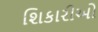
શિકારીઓ